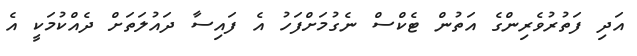
އަދި ފަތުރުވެރިންގެ އަތުން ޓެކްސް ނެގުމަށްފަހު އެ ފައިސާ ދައުލަތަށް ދެއްކުމަކީ އެ